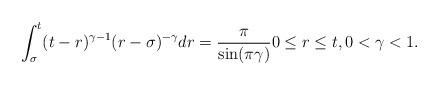
LaTeX: \begin{align*}\int_{\sigma }^{t}(t-r)^{\gamma -1}(r-\sigma )^{-\gamma }dr=\frac{\pi }{\sin(\pi \gamma )}0\leq r\leq t,0<\gamma <1. \end{align*}